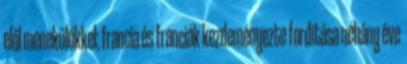
elől menekülőkkel; francia és franciák kezdeményezte fordítása néhány éve